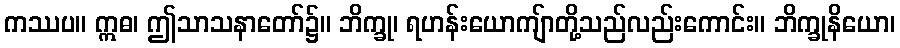
ကဿပ။ ဣဓ၊ ဤသာသနာတော်၌။ ဘိက္ခု၊ ရဟန်းယောကျ်ာတို့သည်လည်းကောင်း။ ဘိက္ခုနိယော၊